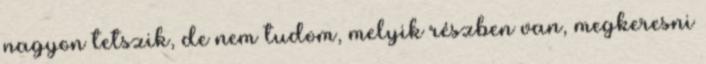
nagyon tetszik, de nem tudom, melyik részben van, megkeresni